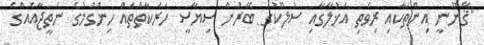
"ޤާނޫނީ އިންތަކާއި ރިވެތި އަޚުލާގާއި ސުލޫކުގެ ބޭރުން ސިޔާސީ ހަރަކާތްތައް ހިންގުމުގެ ނަތީޖާއެއްގެ